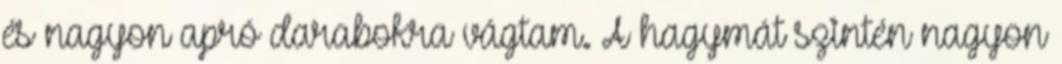
és nagyon apró darabokra vágtam. A hagymát szintén nagyon